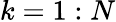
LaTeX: k=1:N